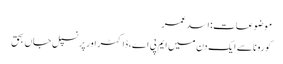
موضوعات:اسد عمر
کورونا سے ایک دن میں ایم پی اے، ڈاکٹر اور پرنسپل جاں بحق